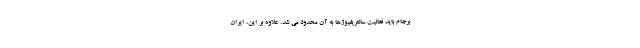
برجام باید فعالیت سانتریفیوژها به آن محدود می شد. علاوه بر این، ایران